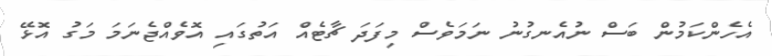
އެހެންކަމުން ބަސް ނުއެނގުނު ނަމަވެސް މިފަދަ ޗާޓެއް އަތުގައި އޮވެއްޖެނަމަ މަގު އޮޅޭ